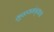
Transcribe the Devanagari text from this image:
मुख्यमंत्र्याचा